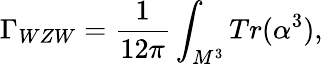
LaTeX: \Gamma_{WZW}=\frac{1}{12\pi}\int_{M^{3}}Tr(\alpha^{3}),